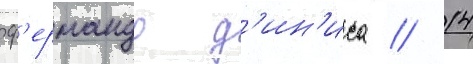
ф'ернандо д'ин'иса // 14